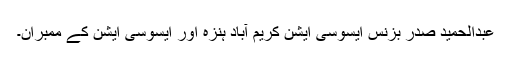
عبدالحمید صدر بزنس ایسوسی ایشن کریم آباد ہنزہ اور ایسوسی ایشن کے ممبران۔